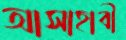
আসাহাবী